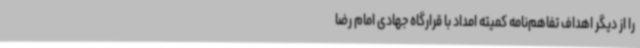
را از دیگر اهداف تفاهم‌نامه کمیته امداد با قرارگاه جهادی امام رضا